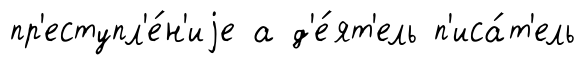
пр'еступл'е́н'иjе а д'е́ят'ель п'иса́т'ель